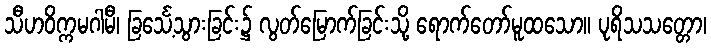
သီဟဝိက္ကမဂါမီ၊ ခြင်္သေ့သွားခြင်း၌ လွတ်မြောက်ခြင်းသို့ ရောက်တော်မူထသော။ ပုရိသသတ္တော၊